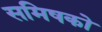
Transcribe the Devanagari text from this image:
समिषको